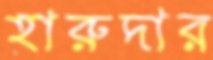
হারুদার